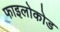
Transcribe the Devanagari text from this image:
फाइलोकोड